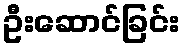
ဦးဆောင်ခြင်း